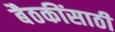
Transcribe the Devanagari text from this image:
बैठकींसाठी